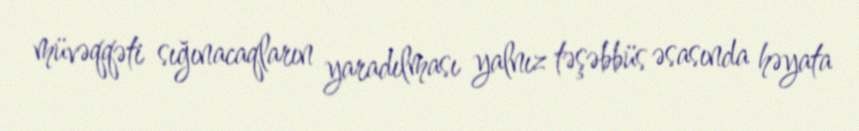
müvəqqəti sığınacaqların yaradılması yalnız təşəbbüs əsasında həyata